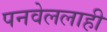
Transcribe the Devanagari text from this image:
पनवेललाही